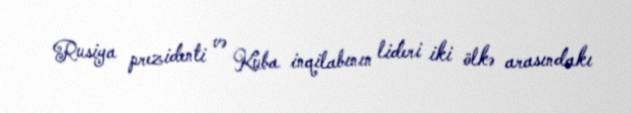
Rusiya prezidenti və Kuba inqilabının lideri iki ölkə arasındakı